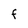
Character: F